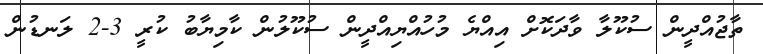
ތާޖުއްދީން ސުކޫލާ ވާދަކޮށް އިއްޔެ މުހުއްޔިއްދީން ސުކޫލުން ކާމިޔާބު ކުރީ 3-2 ލަނޑުން